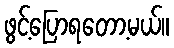
ဖွင့်ပြောရတော့မယ်။